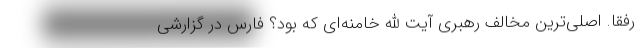
رفقا. اصلی‌ترین مخالف رهبری آیت الله خامنه‌ای که بود؟ فارس در گزارشی